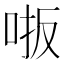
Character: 𫩾